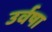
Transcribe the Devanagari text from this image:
उर्वषा